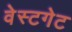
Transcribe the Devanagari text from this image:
वेस्टगेट